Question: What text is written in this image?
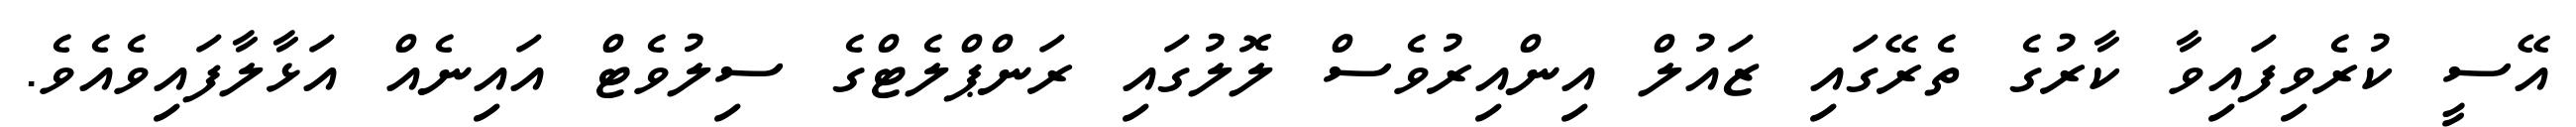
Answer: އޭސީ ކުރެވިފައިވާ ކާރުގެ ތެރޭގައި ޒައުލް އިންއިރުވެސް ލޮލުގައި ރަންޕްލެޓްގެ ސިލުވެޓް އައިނެއް އަޅާލާފައިވެއެވެ.